Lunatic asylums Central Provinces reports 1910-1926 - 1910-1926
Year: 1910
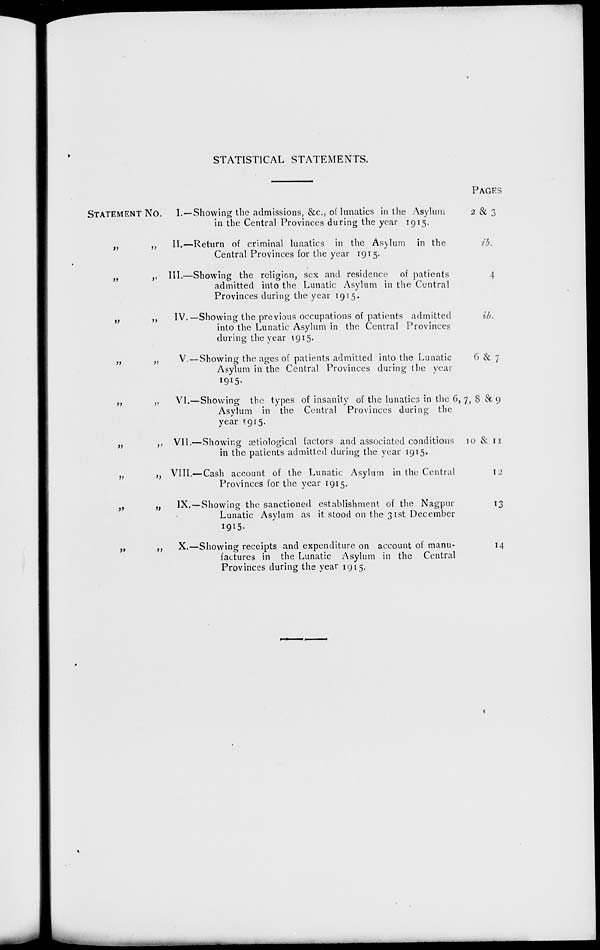
STATISTICAL STATEMENTS.
STATEMENT NO.
„ „
„ „
„ „
„ „
„ „
„ „
„ „
„ „
„ „
I.—Showing the admissions, &c, of lunatics in the Asylum
in the Central Provinces during the year 1915.
II.—Return of criminal lunatics in the Asylum in the
Central Provinces for the year 1915.
III.—Showing the religion, sex and residence of patients
admitted into the Lunatic Asylum in the Central
Provinces during the year 1915.
IV.—Showing the previous occupations of patients admitted
into the Lunatic Asylum in the Central Provinces
during the year 1915.
V.— Showing the ages of patients admitted into the Lunatic
Asylum in the Central Provinces during the year
1915.
VI.—Showing the types of insanity of the lunatics in the
Asylum in the Central Provinces during the
year 1915.
VII.—Showing ætiological factors and associated conditions
in the patients admitted during the year 1915.
VIII.—Cash account of the Lunatic Asylum in the Central
Provinces for the year 1915.
IX.—Showing the sanctioned establishment of the Nagpur
Lunatic Asylum as it stood on the 31st December
1915.
X.—Showing receipts and expenditure on account of manu-
factures in the Lunatic Asylum in the Central
Provinces during the year 1915.
PAGES
2 & 3
ib.
4
ib.
6 & 7
6, 7, 8 & 9
10 & 11
12
13
14